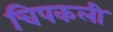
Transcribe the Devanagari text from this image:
चिपकली